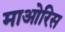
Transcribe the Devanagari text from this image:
माओरिस